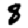
Digit: 8